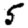
Digit: 5